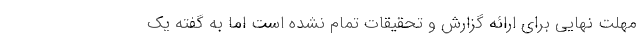
مهلت نهایی برای ارائه گزارش و تحقیقات تمام نشده است اما به گفته یک